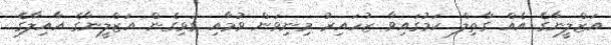
އަޒްލީނާގެ އެއް ގާތިލް ކަމުގައިވާ ޒުހައިރު މިނިވަން ވުމާއި ގުޅިގެން އަޒްލީނާގެ އާއިލާގެ